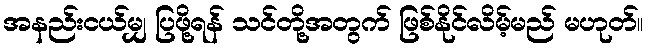
အနည်းငယ်မျှ ပြဖို့ရန် သင်တို့အတွက် ဖြစ်နိုင်လိမ့်မည် မဟုတ်။